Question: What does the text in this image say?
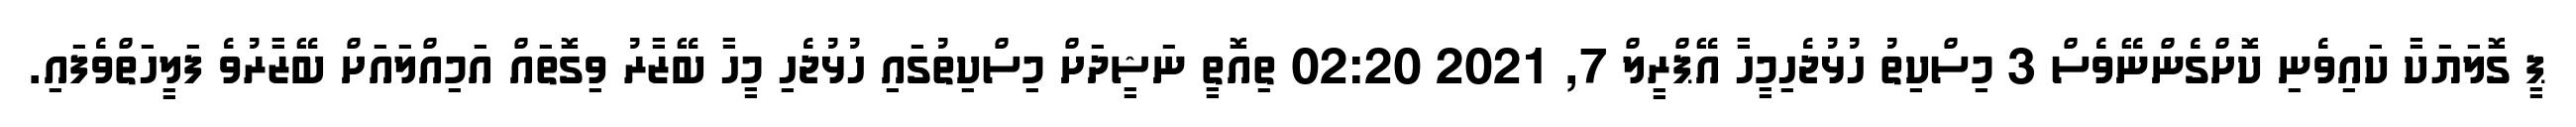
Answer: ޕީ ގޮލަޔަކާ ކައިވެނި ކޮށްގެންނޭވެސް 3 މިސްކިތު ހުޅުޖެހިމީހާ އޭޕްރީލް 7, 2021 02:20 ތިއޮތީ ނަޝީދަށް މިސްކިތުގައި ހުޅުޖެހި މީހާ ބޭޒާރު ވިގޮތައް އަމިއްލައަށް ބޭޒާރުވެ ފަލީހަތްވެފައި.